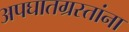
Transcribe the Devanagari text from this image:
अपघातग्रस्तांना